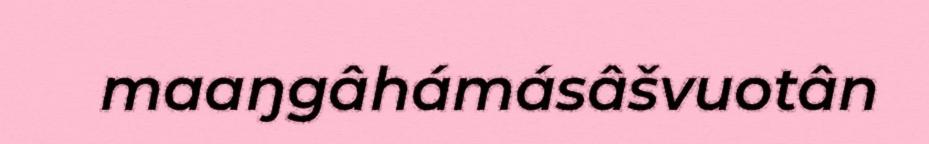
maaŋgâhámásâšvuotân